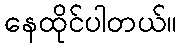
နေထိုင်ပါတယ်။